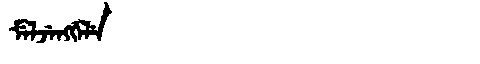
Manchu: ᠮᡝᠯᠵᡝᠩᡤᡝᠯᡝ
Romanization: MELJENGGELE